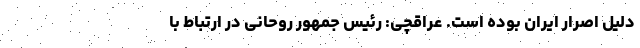
دلیل اصرار ایران بوده است. عراقچی: رئیس جمهور روحانی در ارتباط با